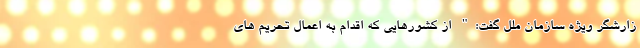
زارشگر ویژه سازمان ملل گفت:" از کشورهایی که اقدام به اعمال تحریم های